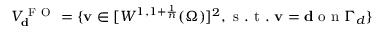
V _ { \mathbf { d } } ^ { \mathrm { ~ F ~ O ~ } } = \{ \mathbf v \in [ W ^ { 1 , 1 + \frac { 1 } { n } } ( \Omega ) ] ^ { 2 } , \mathrm { ~ s ~ . ~ t ~ . ~ } \mathbf v = \mathbf { d } \mathrm { ~ o ~ n ~ } \Gamma _ { d } \}